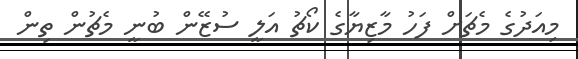
މިއަދުގެ މެޗަށް ފަހު މާޒިޔާގެ ކޯޗު އަލީ ސުޒޭން ބުނީ މެޗުން ތިން